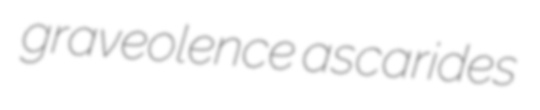
graveolence ascarides